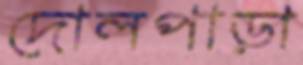
দোলপাড়া